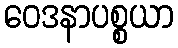
ဝေဒနာပစ္စယာ